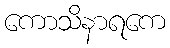
ကောသိနာရကေ